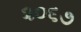
૨૦૬૭